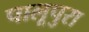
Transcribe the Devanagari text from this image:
पालूपुरा